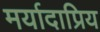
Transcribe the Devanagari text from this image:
मर्यादाप्रिय